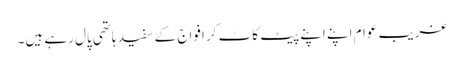
غریب عوام اپنے اپنے پیٹ کاٹ کر افواج کے سفید ہاتھی پال رہے ہیں۔